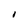
Character: I